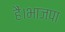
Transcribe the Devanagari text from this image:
हैं।भाजपा